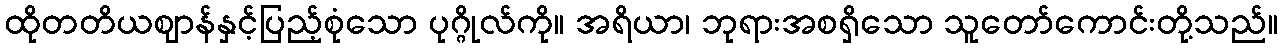
ထိုတတိယဈာန်နှင့်ပြည့်စုံသော ပုဂ္ဂိုလ်ကို။ အရိယာ၊ ဘုရားအစရှိသော သူတော်ကောင်းတို့သည်။